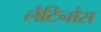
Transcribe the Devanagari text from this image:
लैटिनोस